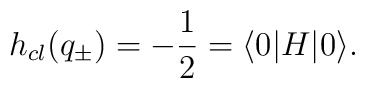
h_{cl}(q_{\pm})=-\frac{1}{2}=\langle 0|H|0 \rangle.